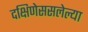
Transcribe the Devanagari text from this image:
दक्षिणेससलेल्या